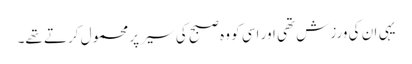
یہی ان کی ورزش تھی اور اسی کو وہ صبح کی سیر پر محمول کرتے تھے۔